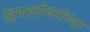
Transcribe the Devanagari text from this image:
हिमसरोवरांच्या